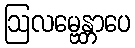
ဩလမ္ဗေန္တာပေ